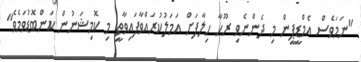
"ނަމަވެސް އެމްޑީޕީން މި ދެންނެވި ރޫހާ ހިލާފަށް އަމަލުކުރައްވާފައިވާތީ މި ކޮމިޝަނުން ކަންބޮޑުވަމެވެ"